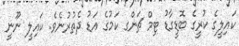
ކައިލީގެ ކުރީގެ ބޮޑީގާޑު ޓިމް ޗަންގ ކަމުގެ އަޑު ދެތުރުނެވެ. ކައިލީ ނޫނީ